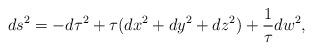
LaTeX: \begin{align*}ds^2=-d\tau^2+\tau(dx^2+dy^2+dz^2)+\frac{1}{\tau}dw^2,\end{align*}